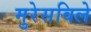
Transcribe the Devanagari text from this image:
मुरेसविले